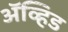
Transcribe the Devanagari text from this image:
अॅव्हिड